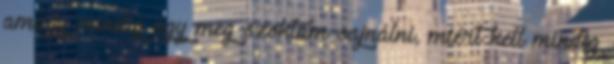
amúgy mindig úgy meg szoktam sajnálni, miért kell mindig